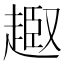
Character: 𧼒